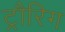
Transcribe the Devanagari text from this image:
ट्रौरिग